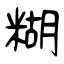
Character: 糊